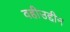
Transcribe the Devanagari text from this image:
वहीउद्दीन